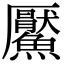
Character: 𩼴